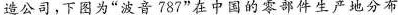
造公司，下图为”波音787”在中国的零部件生产地分布